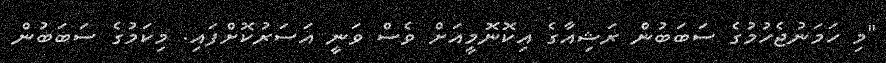
"މި ހަމަނުޖެހުމުގެ ސަބަބުން ރަޝިއާގެ އިކޮނޮމީއަށް ވެސް ވަނީ އަސަރުކޮށްފައި. މިކަމުގެ ސަބަބުން